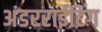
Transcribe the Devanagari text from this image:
अंडरराईटिंग